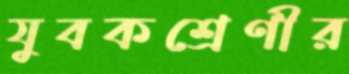
যুবকশ্রেণীর